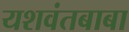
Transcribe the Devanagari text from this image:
यशवंतबाबा